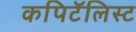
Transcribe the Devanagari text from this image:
कपिटॅलिस्ट